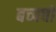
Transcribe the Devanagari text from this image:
बच्पचों